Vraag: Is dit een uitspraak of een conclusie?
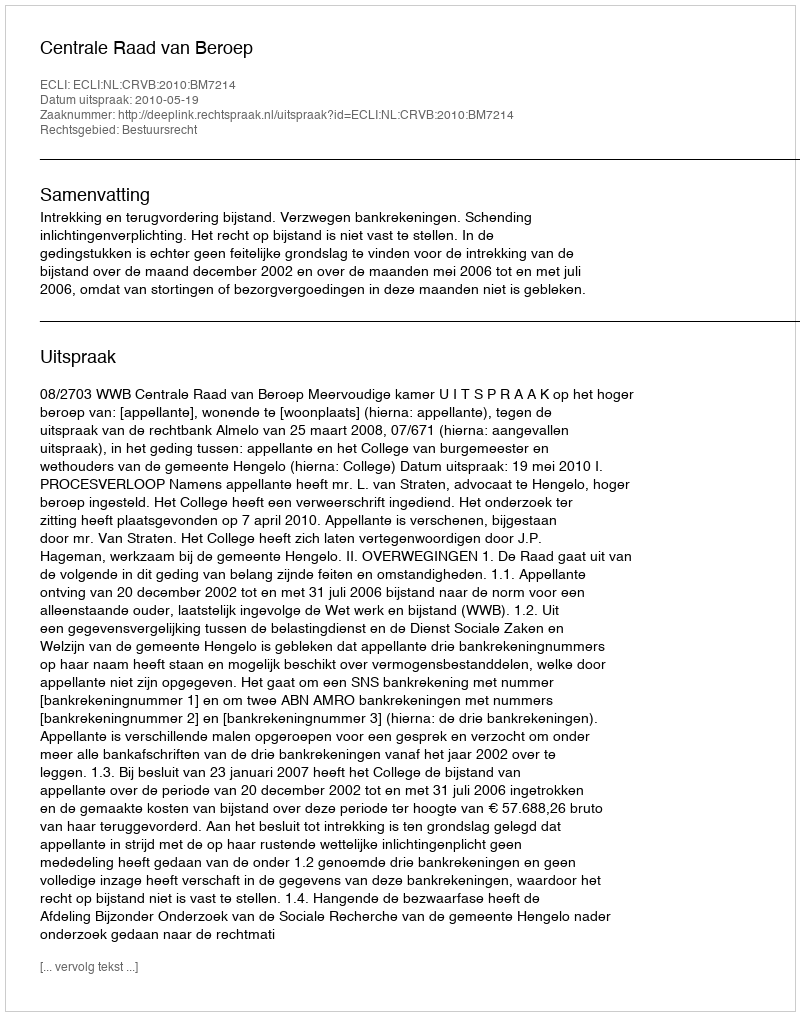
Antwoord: Uitspraak